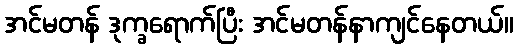
အင်မတန် ဒုက္ခရောက်ပြီး အင်မတန်နာကျင်နေတယ်။